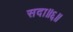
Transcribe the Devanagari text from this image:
सदा॥६॥